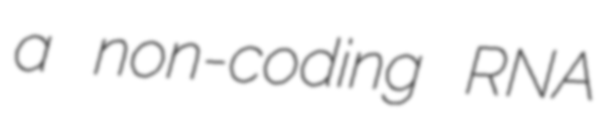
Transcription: a non-coding RNA